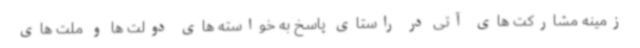
زمینه مشارکت های آتی در راستای پاسخ به خواسته های دولت ها و ملت های